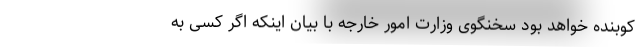
کوبنده خواهد بود سخنگوی وزارت امور خارجه با بیان اینکه اگر کسی به